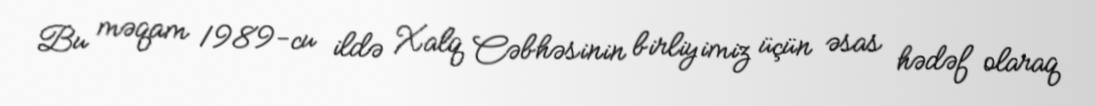
Bu məqam 1989-cu ildə Xalq Cəbhəsinin birliyimiz üçün əsas hədəf olaraq